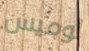
لوميس